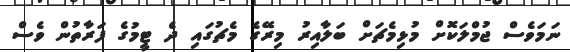
ނަމަވެސް ޖުމްލަކޮށް މުޅިމެޗަށް ބަލާއިރު މިރޭގެ މެޗުގައި ދެ ޓީމުގެ ފަރާތުން ވެސް